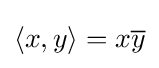
\langle x,y\rangle =x{\overline {y}}